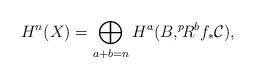
LaTeX: \begin{align*} H^n(X)=\bigoplus_{a+b=n} H^a(B, ^p\!\!R^{b}f_* \mathcal{C} ),\end{align*}